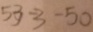
5 3 - 3 = 5 0